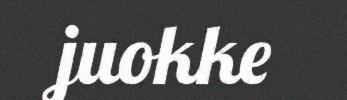
juokke